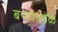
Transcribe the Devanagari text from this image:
बऱ्याचवेळ